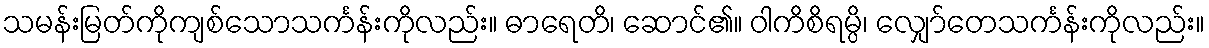
သမန်းမြတ်ကိုကျစ်သောသင်္ကန်းကိုလည်း။ ဓာရေတိ၊ ဆောင်၏။ ဝါကိစိရမ္ပိ၊ လျှော်တေသင်္ကန်းကိုလည်း။